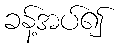
ခန့်အပ်၍